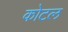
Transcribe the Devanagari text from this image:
कोटल